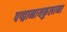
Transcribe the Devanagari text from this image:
पद्मानायकुलाना